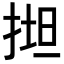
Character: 𢯟